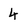
Character: 4